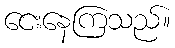
ငေးနေကြသည်။